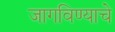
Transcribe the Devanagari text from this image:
जागविण्याचे